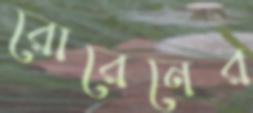
রোরেনের